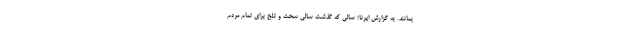
بمانند. به گزارش ایرنا؛ سالی که گذشت سالی سخت و تلخ برای تمام مردم